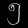
Digit: ၅